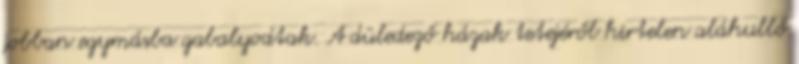
jobban egymásba gabalyodtak. A düledező házak tetejéről hirtelen aláhulló